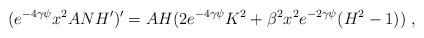
LaTeX: \begin{align*}(e^{-4\gamma\psi}x^2 ANH')'=AH(2e^{-4\gamma\psi}K^2+ \beta^2 x^2 e^{-2\gamma\psi}(H^2-1))\ , \end{align*}